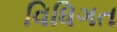
વિધિગત